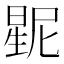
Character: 𱢛